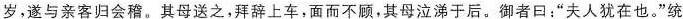
岁，遂与亲客归会稽。其母送之，拜辞上车，面而不顾，其母泣涕于后。御者口：”夫人犹在也。”统